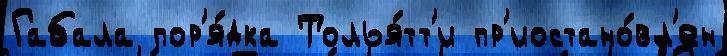
Габала пор'я́дка Толья́тт'и пр'иостано́вл'ен